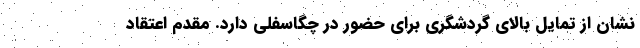
نشان از تمایل بالای گردشگری برای حضور در چگاسفلی دارد. مقدم اعتقاد